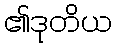
၏ဒုတိယ